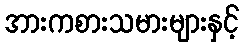
အားကစားသမားများနှင့်